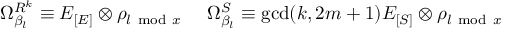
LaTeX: \Omega _ { \beta _ { l } } ^ { R ^ { k } } \equiv E _ { [ E ] } \otimes \rho _ { l \mathrm { ~ m o d ~ } x } ~ ~ ~ ~ \Omega _ { \beta _ { l } } ^ { S } \equiv \mathrm { g c d } ( k , 2 m + 1 ) E _ { [ S ] } \otimes \rho _ { l \mathrm { ~ m o d ~ } x }